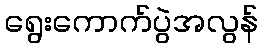
ရွေးကောက်ပွဲအလွန်